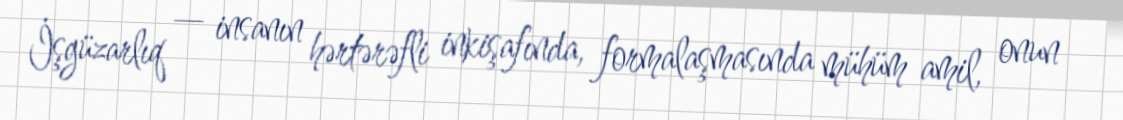
İşgüzarlıq — insanın hərtərəfli inkişafında, formalaşmasında mühüm amil, onun